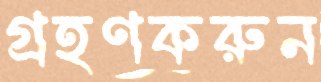
গ্রহণকরুন